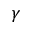
\gamma